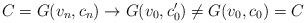
LaTeX: \begin{align*}C = G(v_n,c_n) \to G(v_0,c_0') \neq G(v_0,c_0) = C\end{align*}